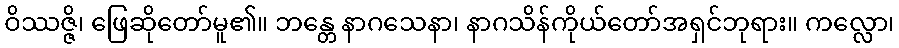
ဝိဿဇ္ဇိ၊ ဖြေဆိုတော်မူ၏။ ဘန္တေ နာဂသေနာ၊ နာဂသိန်ကိုယ်တော်အရှင်ဘုရား။ ကလ္လော၊